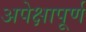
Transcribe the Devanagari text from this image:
अपेक्षापूर्ण